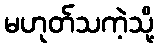
မဟုတ်သကဲ့သို့